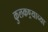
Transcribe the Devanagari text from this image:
कुलकण्र्याच्या